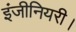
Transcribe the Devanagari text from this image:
इंजीनियरी।